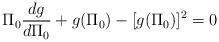
LaTeX: \begin{align*} \Pi_0\frac{dg}{d\Pi_0}+g(\Pi_0)-[g(\Pi_0)]^2=0\end{align*}